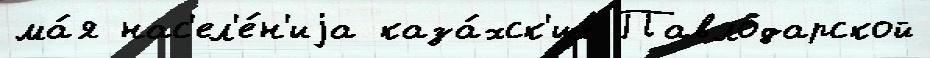
ма́я нас'ел'е́н'иjа каза́хск'их Павлодарской